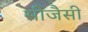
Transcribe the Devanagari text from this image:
सीजैसी